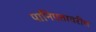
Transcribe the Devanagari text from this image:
पानिपतावरील